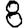
Digit: 8